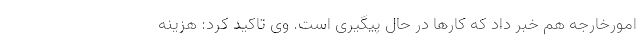
امورخارجه هم خبر داد که کارها در حال پیگیری است. وی تاکید کرد: هزینه